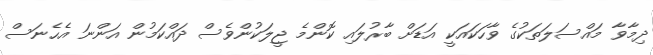
ދިމާވާ މައްސަލަތަކުގެ ވާހަކައަކީ އަޑަށް ބާރުލައި ކޮންމެ ޖީލަކުންވެސް ދައްކަމުން އަންނަ އެހެނަސް